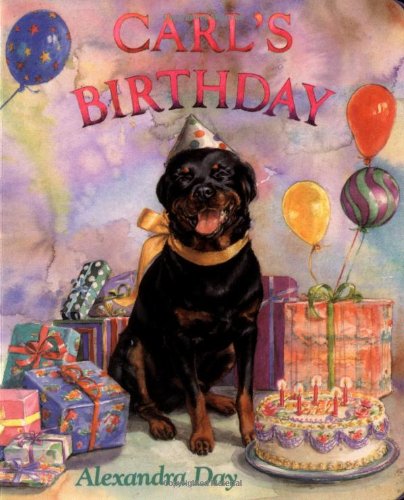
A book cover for Carl's Birthday; Alexandra Day; Children's Books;